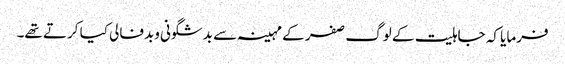
فرمایا کہ جاہلیت کے لوگ صفر کے مہینہ سے بدشگونی وبدفالی کیا کرتے تھے۔